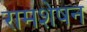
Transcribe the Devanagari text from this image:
रामशेषन